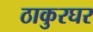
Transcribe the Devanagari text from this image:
ठाकुरघर